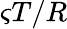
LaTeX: \varsigma T/R